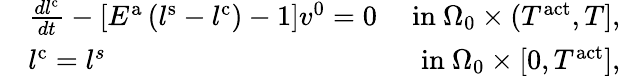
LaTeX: \begin{array}{rlr}&{\frac{dl^{\mathrm{c}}}{dt}-\left[E^{\mathrm{a}}\left(l^{\mathrm{s}}-l^{\mathrm{c}}\right)-1\right]v^{\mathrm{0}}=0}&{\mathrm{~in~}\Omega_{0}\times(T^{\mathrm{act}},T],}\\ &{l^{\mathrm{c}}=l^{s}}&{\mathrm{~in~}\Omega_{0}\times[0,T^{\mathrm{act}}],}\end{array}